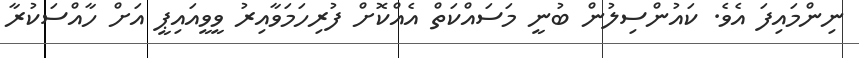
ނިންމައިފަ އެވެ. ކައުންސިލުން ބުނީ މަސައްކަތް އެއްކޮށް ފުރިހަމަވާއިރު ވީވީއައިޕީ އަށް ހާއްސަކުރާ